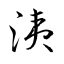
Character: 洟